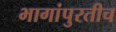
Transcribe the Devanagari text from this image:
भागांपुरतीच